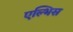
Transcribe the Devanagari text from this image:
एल्भिस